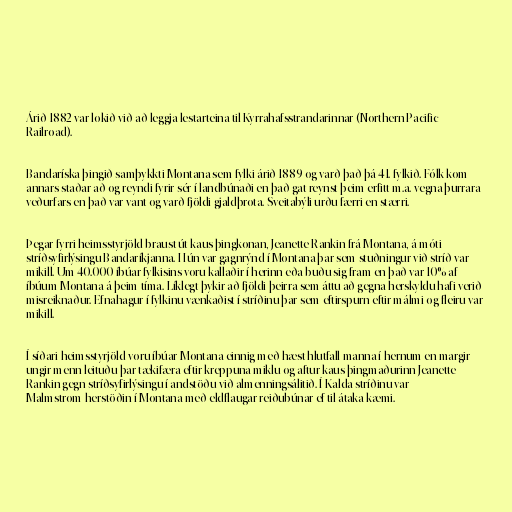
Árið 1882 var lokið við að leggja lestarteina til Kyrrahafsstrandarinnar (Northern Pacific
Railroad).

Bandaríska þingið samþykkti Montana sem fylki árið 1889 og varð það þá 41. fylkið. Fólk kom
annars staðar að og reyndi fyrir sér í landbúnaði en það gat reynst þeim erfitt m.a. vegna þurrara
veðurfars en það var vant og varð fjöldi gjaldþrota. Sveitabýli urðu færri en stærri.

Þegar fyrri heimsstyrjöld braust út kaus þingkonan, Jeanette Rankin frá Montana, á móti
stríðsyfirlýsingu Bandaríkjanna. Hún var gagnrýnd í Montana þar sem stuðningur við stríð var
mikill. Um 40.000 íbúar fylkisins voru kallaðir í herinn eða buðu sig fram en það var 10% af
íbúum Montana á þeim tíma. Líklegt þykir að fjöldi þeirra sem áttu að gegna herskyldu hafi verið
misreiknaður. Efnahagur í fylkinu vænkaðist í stríðinu þar sem eftirspurn eftir málmi og fleiru var
mikill.

Í síðari heimsstyrjöld voru íbúar Montana einnig með hæst hlutfall manna í hernum en margir
ungir menn leituðu þar tækifæra eftir kreppuna miklu og aftur kaus þingmaðurinn Jeanette
Rankin gegn stríðsyfirlýsingu í andstöðu við almenningsálitið. Í Kalda stríðinu var
Malmstrom-herstöðin í Montana með eldflaugar reiðubúnar ef til átaka kæmi.